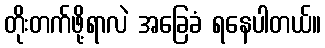
တိုးတက်ဖို့ရာလဲ အခြေခံ ရနေပါတယ်။